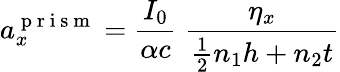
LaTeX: a_{x}^{\mathrm{~p~r~i~s~m~}}=\frac{I_{0}}{\alpha c}\; \frac{\eta_{x}}{\frac{1}{2}n_{1}h+n_{2}t}